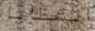
الشظايا